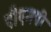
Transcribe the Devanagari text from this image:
पीएमपी